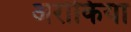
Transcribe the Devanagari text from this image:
अरोकिया